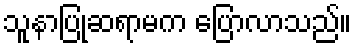
သူနာပြုဆရာမက ပြောလာသည်။